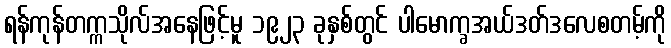
ရန်ကုန်တက္ကသိုလ်အနေဖြင့်မူ ၁၉၂၃ ခုနှစ်တွင် ပါမောက္ခအယ်ဒတ်ဒလေစတမ့်ကို